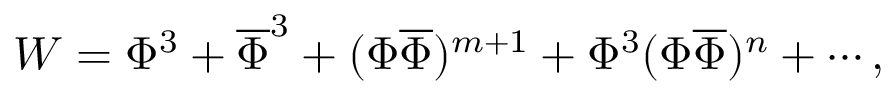
W = \Phi ^ { 3 } + \overline { { { \Phi } } } ^ { 3 } + ( \Phi \overline { { { \Phi } } } ) ^ { m + 1 } + \Phi ^ { 3 } ( \Phi \overline { { { \Phi } } } ) ^ { n } + \cdots ,